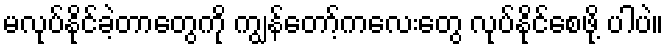
မလုပ်နိုင်ခဲ့တာတွေကို ကျွန်တော့်ကလေးတွေ လုပ်နိုင်စေဖို့ ပါပဲ။